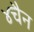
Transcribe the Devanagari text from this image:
४चैन